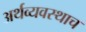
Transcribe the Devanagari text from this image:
अर्थव्यवस्थाच